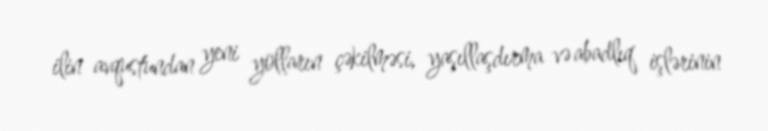
ilin avqustundan yeni yolların çəkilməsi, yaşıllaşdırma və abadlıq işlərinin